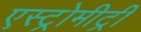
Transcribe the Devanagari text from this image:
एस्ट्रोमीट्री